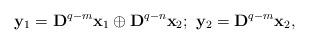
LaTeX: \begin{align*}\mathbf{y}_{1} = \mathbf{D}^{q-m}\mathbf{x}_{1} \oplus \mathbf{D}^{q-n}\mathbf{x}_{2}; \ \mathbf{y}_{2} = \mathbf{D}^{q-m}\mathbf{x}_{2}, \end{align*}